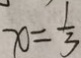
x = \frac { 1 } { 3 }